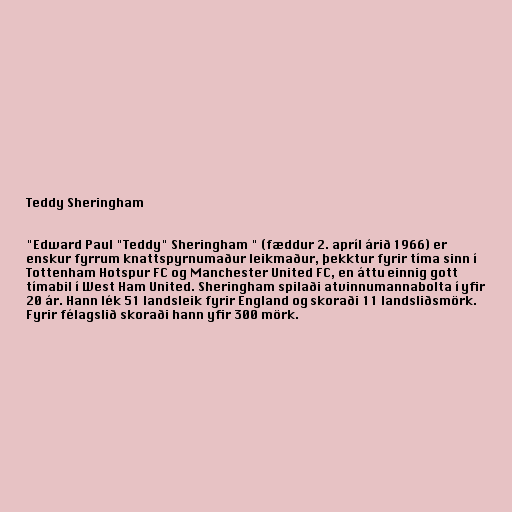
Teddy Sheringham

"Edward Paul "Teddy" Sheringham " (fæddur 2. apríl árið 1966) er
enskur fyrrum knattspyrnumaður leikmaður, þekktur fyrir tíma sinn í
Tottenham Hotspur FC og Manchester United FC, en áttu einnig gott
tímabil í West Ham United. Sheringham spilaði atvinnumannabolta í yfir
20 ár. Hann lék 51 landsleik fyrir England og skoraði 11 landsliðsmörk.
Fyrir félagslið skoraði hann yfir 300 mörk.